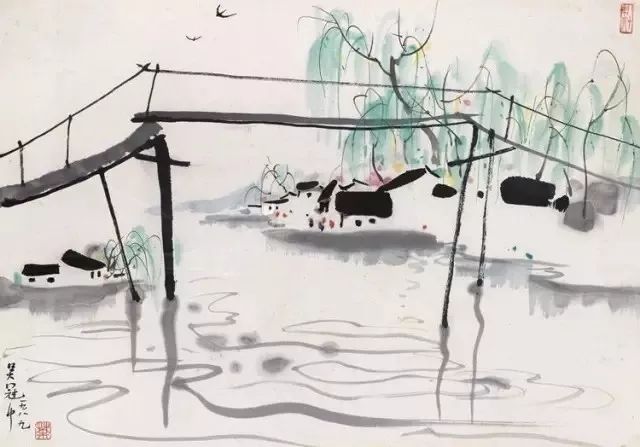
江南腊尽，早梅花开后，分付新春与垂柳。